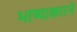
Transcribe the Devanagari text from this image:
भाष्याकारने